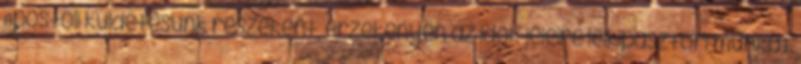
Apostoli küldetésünk részeként, érzékenyen az idők jeleire lelkipásztori munkát